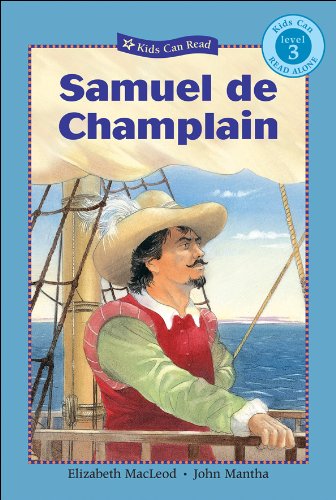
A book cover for Samuel de Champlain (Kids Can Read) (Kids Can Read); Elizabeth MacLeod; Children's Books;